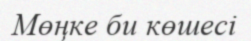
Мөңке би көшесі